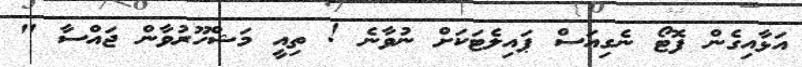
އަޅާއިގެން ފޮޓޯ ނެގިއަސް ޕައިލެޓަކަށް ނުވާނެ ! ތިއީ މަޝްހޫރުވާން ޖައްސާ "